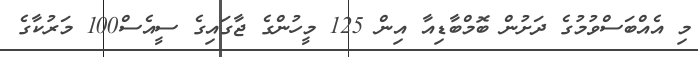
މި އެއްބަސްވުމުގެ ދަށުން ބޮމްބާޑިއާ އިން 125 މީހުންގެ ޖާގައިގެ ސީއެސް100 މަރުކާގެ